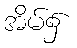
အိမ်၌